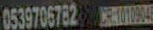
0539706782004